Madras plague regulations and rules - Volume 1
Disease focus: Plague
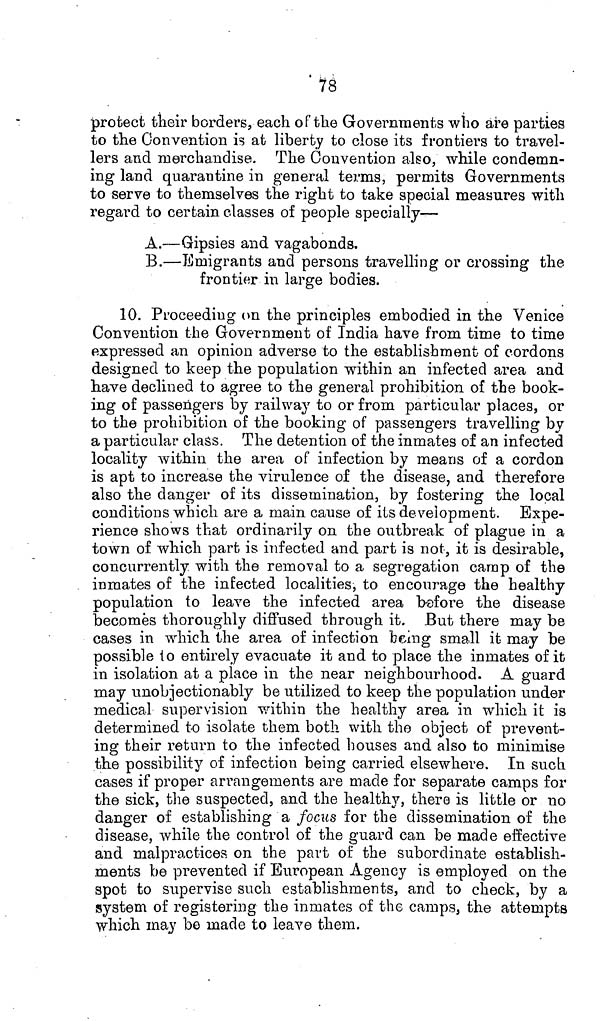
78
protect their borders, each of the Governments who are parties
to the Convention is at liberty to close its frontiers to travel-
lers and merchandise. The Convention also, while condemn-
ing land quarantine in general terms, permits Governments
to serve to themselves the right to take special measures with
regard to certain classes of people specially—
A.—Gipsies and vagabonds.
B.—Emigrants and persons travelling or crossing the
frontier in large bodies.
10. Proceeding on the principles embodied in the Venice
Convention the Government of India have from time to time
expressed an opinion adverse to the establishment of cordons
designed to keep the population within an infected area and
have declined to agree to the general prohibition of the book-
ing of passengers by railway to or from particular places, or
to the prohibition of the booking of passengers travelling by
a particular class. The detention of the inmates of an infected
locality within the area of infection by means of a cordon
is apt to increase the virulence of the disease, and therefore
also the danger of its dissemination, by fostering the local
conditions which are a main cause of its development. Expe-
rience shows that ordinarily on the outbreak of plague in a
town of which part is infected and part is not, it is desirable,
concurrently with the removal to a segregation camp of the
inmates of the infected localities, to encourage the healthy
population to leave the infected area before the disease
becomes thoroughly diffused through it. But there may be
cases in which the area of infection being small it may be
possible to entirely evacuate it and to place the inmates of it
in isolation at a place in the near neighbourhood. A guard
may unobjectionably be utilized to keep the population under
medical supervision within the healthy area in which it is
determined to isolate them both with the object of prevent-
ing their return to the infected houses and also to minimise
the possibility of infection being carried elsewhere. In such
cases if proper arrangements are made for separate camps for
the sick, the suspected, and the healthy, there is little or no
danger of establishing a focus for the dissemination of the
disease, while the control of the guard can be made effective
and malpractices on the part of the subordinate establish-
ments be prevented if European Agency is employed on the
spot to supervise such establishments, and to check, by a
system of registering the inmates of the camps, the attempts
which may be made to leave them.